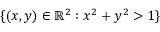
\{ ( x , y ) \in \mathbb { R } ^ { 2 } : x ^ { 2 } + y ^ { 2 } > 1 \}